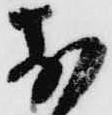
お